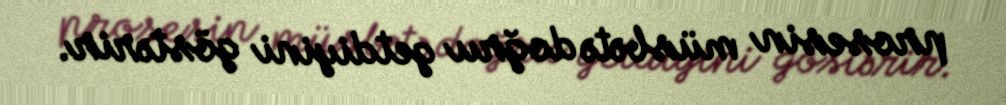
prosesin müsbətə doğru getdiyini göstərir.